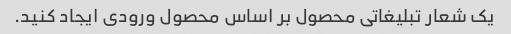
یک شعار تبلیغاتی محصول بر اساس محصول ورودی ایجاد کنید.